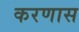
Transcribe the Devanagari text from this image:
करणास